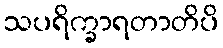
သပရိက္ခာရတာတိပိ